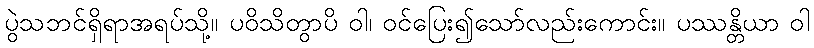
ပွဲသဘင်ရှိရာအရပ်သို့။ ပဝိသိတွာပိ ဝါ၊ ဝင်ပြေး၍သော်လည်းကောင်း။ ပဿန္တိယာ ဝါ